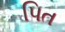
પિત